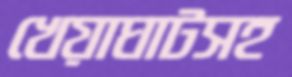
খেয়াঘাটসহ